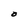
Character: O